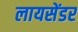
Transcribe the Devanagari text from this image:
लायसेंडर